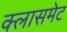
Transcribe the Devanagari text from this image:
क्लासमेट